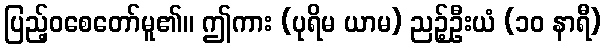
ပြည့်ဝစေတော်မူ၏။ ဤကား (ပုရိမ ယာမ) ညဉ့်ဦးယံ (၁၀ နာရီ)